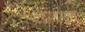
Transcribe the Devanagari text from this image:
चाओयंग